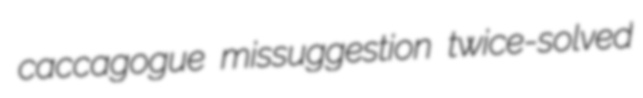
caccagogue missuggestion twice-solved